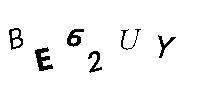
BE62UY